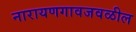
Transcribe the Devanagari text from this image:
नारायणगावजवळील